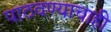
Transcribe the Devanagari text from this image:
पाठवण्याचाही